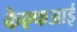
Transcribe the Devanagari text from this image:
केएफआई